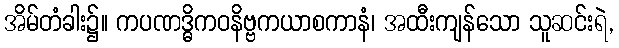
အိမ်တံခါး၌။ ကပဏဒ္ဓိကဝနိဗ္ဗကယာစကာနံ၊ အထီးကျန်သော သူဆင်းရဲ,